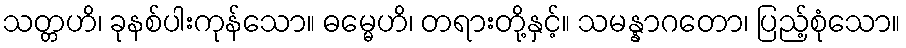
သတ္တဟိ၊ ခုနစ်ပါးကုန်သော။ ဓမ္မေဟိ၊ တရားတို့နှင့်။ သမန္နာဂတော၊ ပြည့်စုံသော။